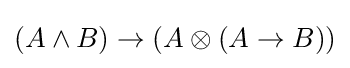
(A\wedge B)\rightarrow (A\otimes (A\rightarrow B))